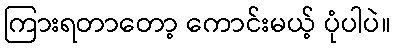
ကြားရတာတော့ ကောင်းမယ့် ပုံပါပဲ။